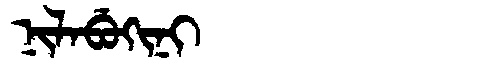
Manchu: ᠨᡳᠯᠠᠪᡠᡴᡳᠨᡳ
Romanization: NILABUKINI